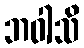
ဘဝါသိ